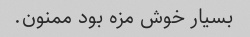
بسیار خوش مزه بود ممنون.